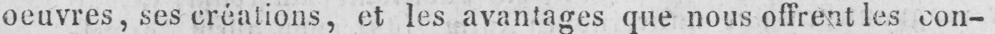
oeuvres, ses créations, et les avantages que nous offrent les con-